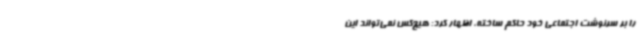
را بر سرنوشت اجتماعی خود حاکم ساخته، اظهار کرد: هیچ‌کس نمی‌تواند این